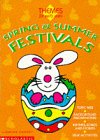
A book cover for Spring and Summer Festivals (Themes for Early Years S.); Carole Court; Children's Books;